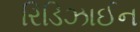
રિડિઝાઈન